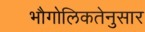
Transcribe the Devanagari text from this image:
भौगोलिकतेनुसार